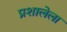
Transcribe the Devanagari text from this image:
प्रशालेला